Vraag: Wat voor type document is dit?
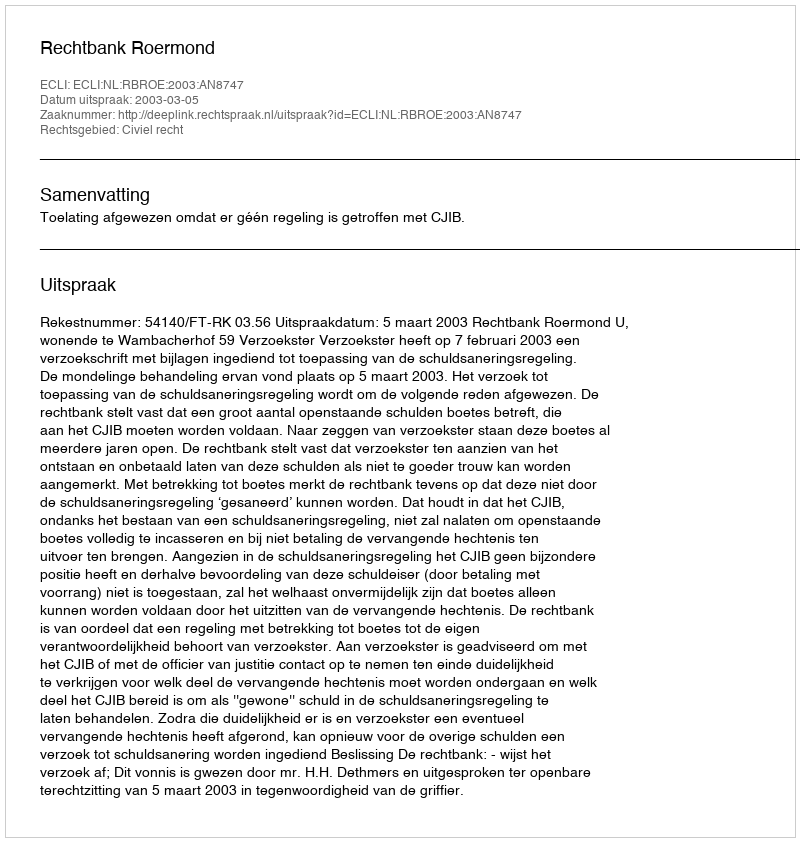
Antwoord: Uitspraak